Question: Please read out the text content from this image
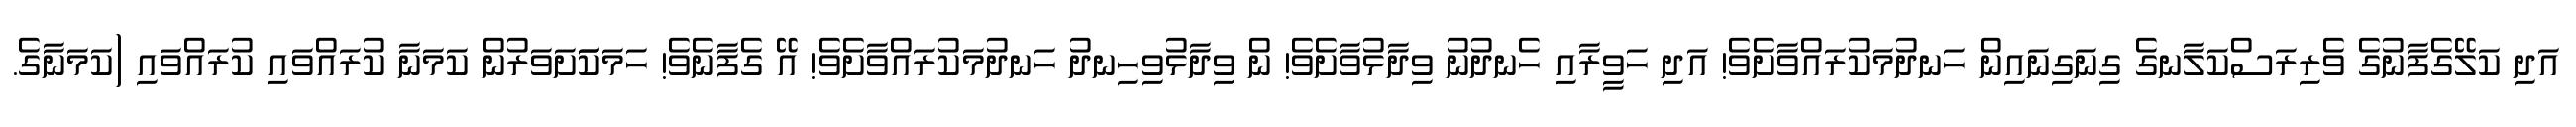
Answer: އަދި ކަލޭގެފާނުގެ ވެރިރަސްކަލާނގެ ގިނަގިނައިން ހަނދުމަކުރައްވާށެވެ! އަދި ހަވީރާއި ހެނދުނު ވިދާޅުވާށެވެ! ން ވިދާޅުވިހިނދު ހަނދުމަކުރައްވާށެވެ! އޭ ގެފާނެވެ! ހަމަކަަށަވަރުން ކަމަނާ ކުރައްވައި ކުރައްވައި (ކަމަނާގެ.